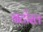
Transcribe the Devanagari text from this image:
बटोरल